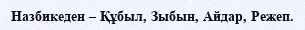
Назбикеден – Құбыл, Зыбын, Айдар, Режеп.